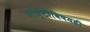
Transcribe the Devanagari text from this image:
गोष्टीविषयही